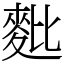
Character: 𪌈